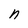
Character: n